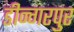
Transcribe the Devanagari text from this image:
डीन्गरपुर